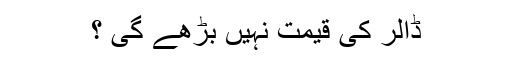
ڈالر کی قیمت نہیں بڑھے گی ؟